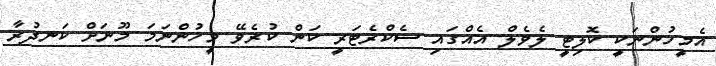
އެމީހުންނަކީ ކޮލިޓީ ލެވެލް އެއްގައި ސެކްރެޓަރީ ކަން ކުރެވޭ މީހުންނަަމަ މޫނަށް ކަނދުރާ